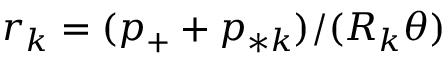
r _ { k } = ( p _ { + } + p _ { * k } ) / ( R _ { k } \theta )